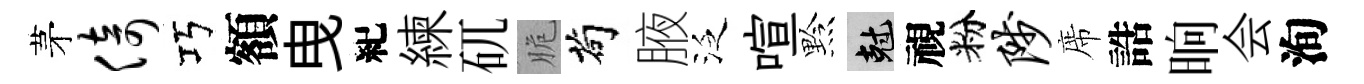
茅倚巧額曳紀練矹脆茍腋泛喧黔剋視粉陟席誥晌会洵